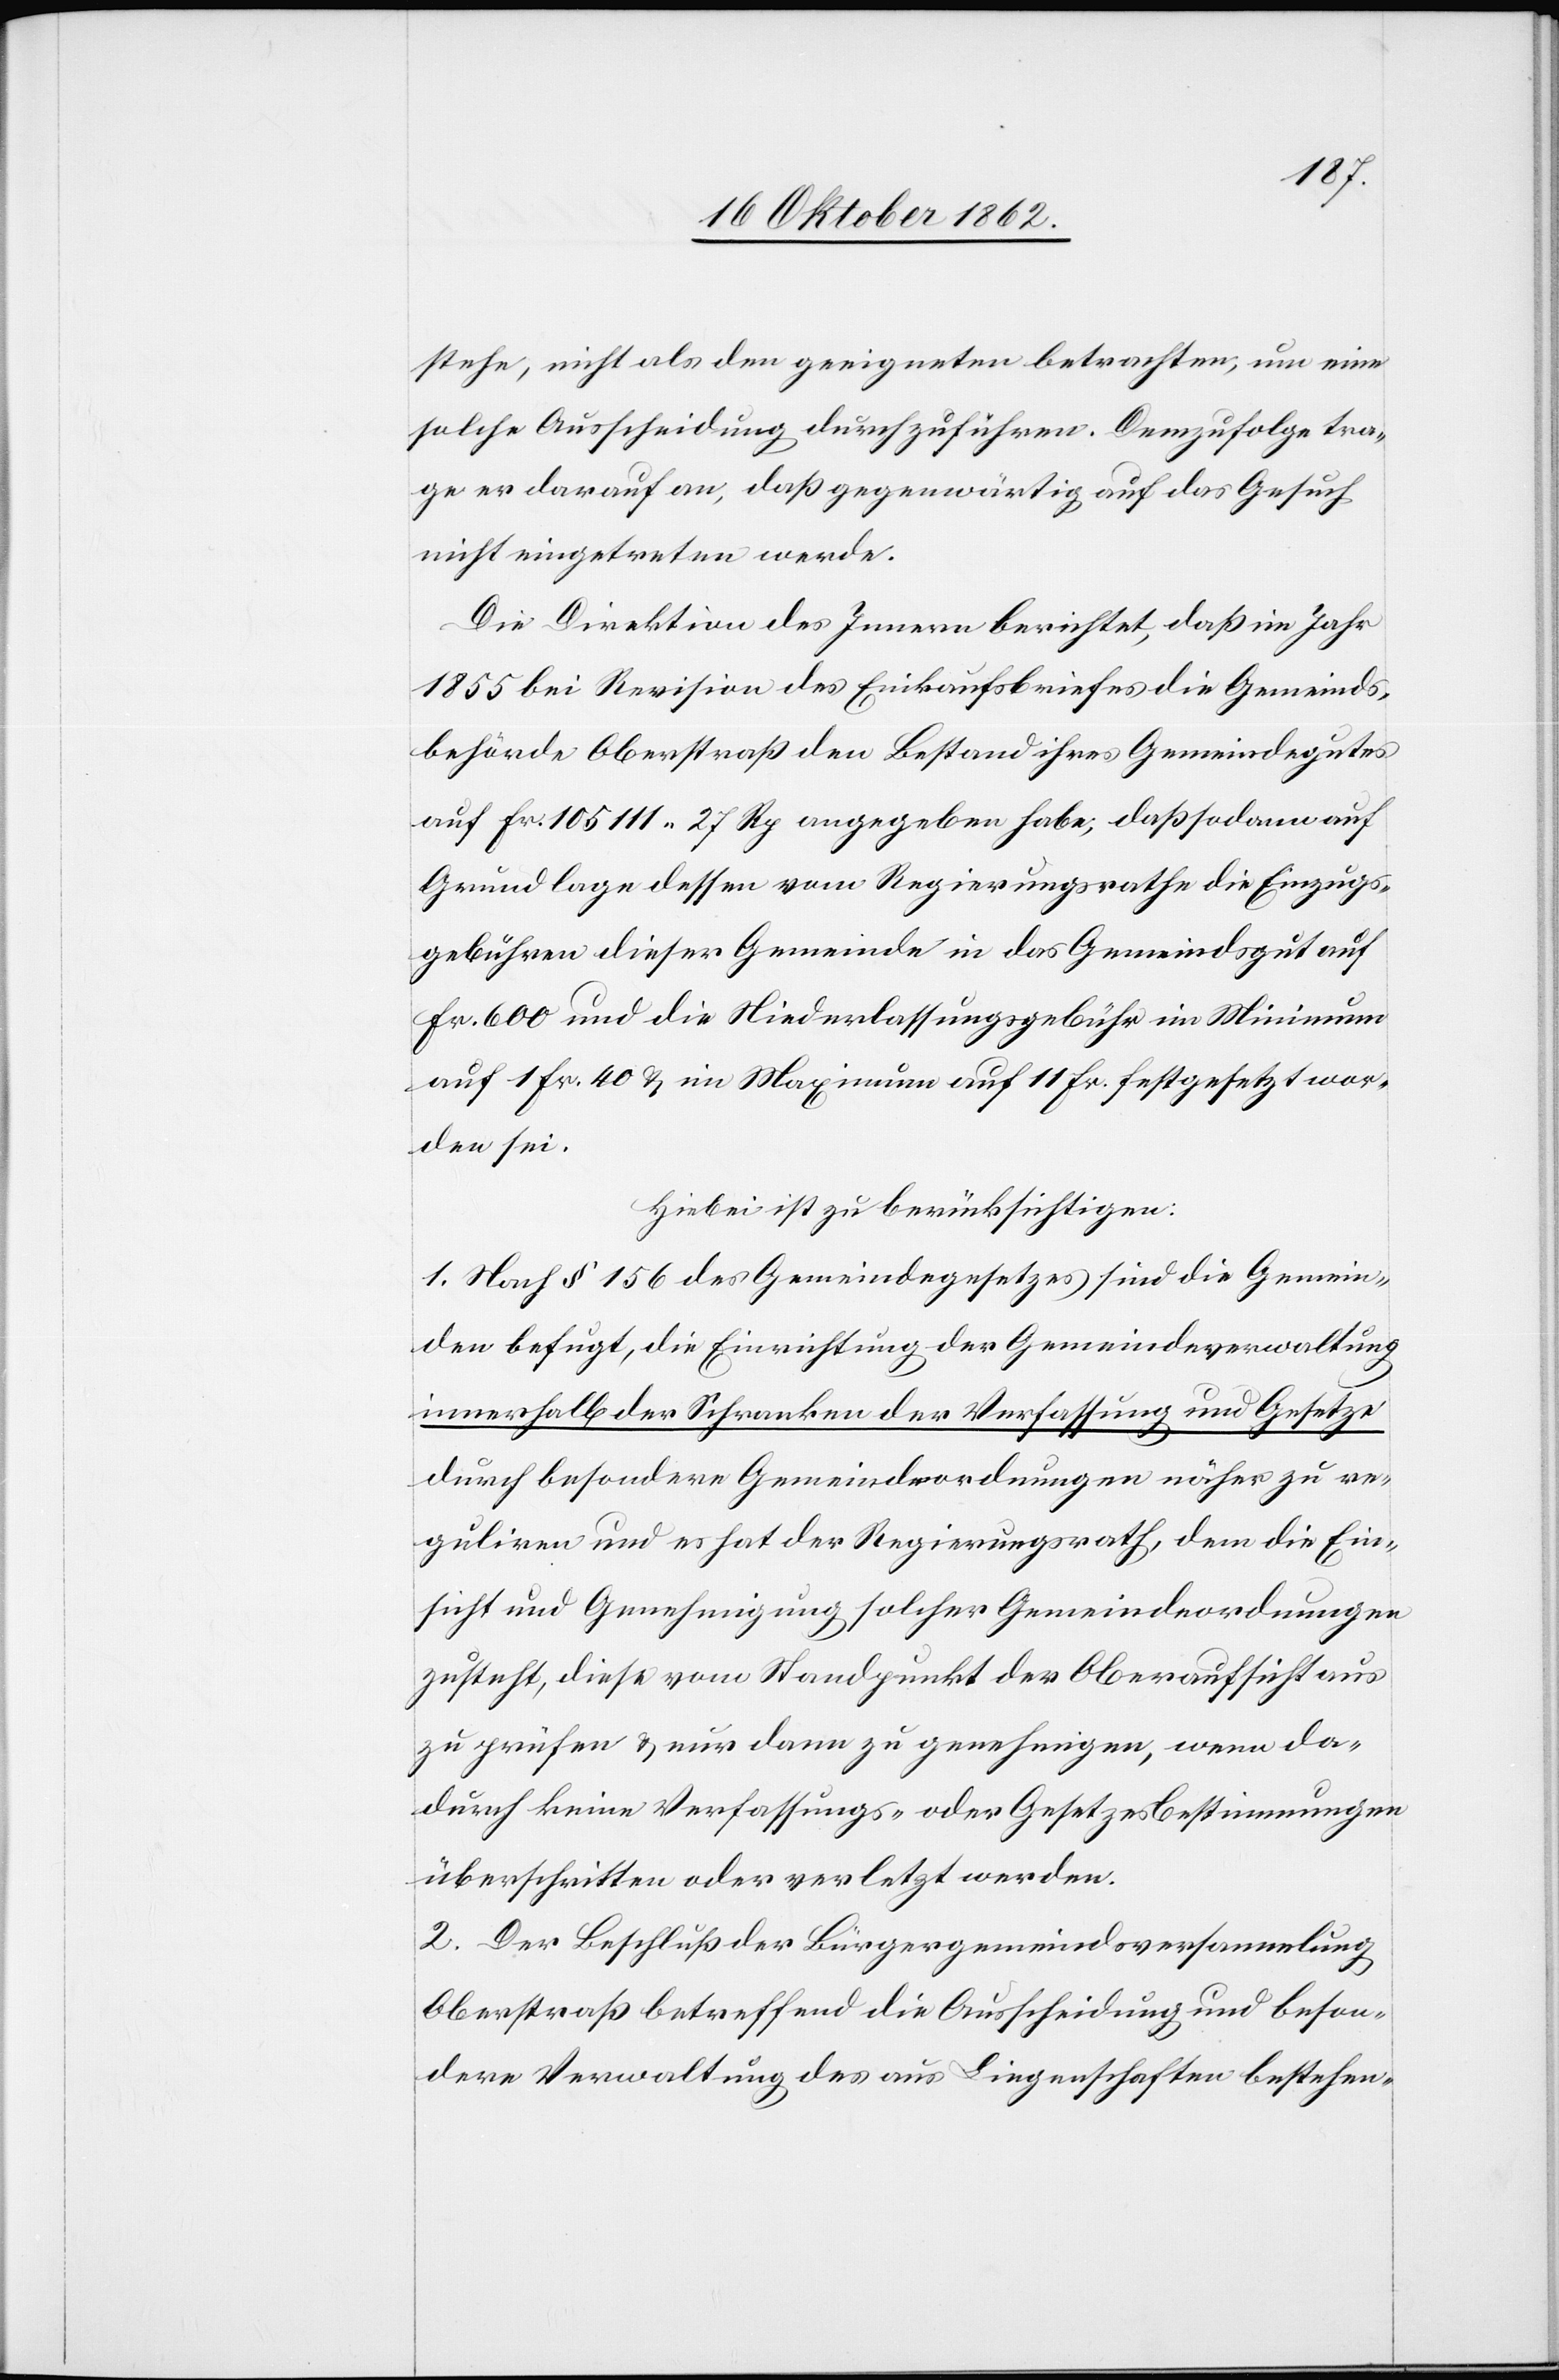
stehe, nicht als den geeigneten betrachten, um eine
solche Ausscheidung durchzuführen. Demzufolge tra¬
ge er darauf an, daß gegenwärtig auf das Gesuch
nicht eingetreten werde.
Die Direktion des Innern berichtet, daß im Jahr
1855 bei Revision des Einkaufsbriefes die Gemeinds¬
behörde Oberstraß den Bestand ihres Gemeindegutes
auf fr. 105 111 27 Rp. angegeben habe, daß sodann auf
Grundlage dessen vom Regierungsrathe die Einzugs¬
gebühren dieser Gemeinde in das Gemeindsgut auf
fr. 600 und die Niederlassungsgebühr im Minimum
auf 1 fr. 40 u. im Maximum auf 11 fr. festgesetzt wor¬
den sei.
Hiebei ist zu berücksichtigen:
1. Nach § 156 des Gemeindegesetzes sind die Gemein¬
den befugt, die Einrichtung der Gemeindeverwaltung
Innerhalb der Schranken der Verfassung und Gesetze
durch besondere Gemeindeordnungen näher zu re¬
guliren und es hat der Regierungsrath, dem die Ein¬
sicht und Genehmigung solcher Gemeindeordnungen
zusteht, diese vom Standpunkt der Oberaufsicht aus
zu prüfen u. nur dann zu genehmigen, wenn da¬
durch keine Verfassungs- oder Gesetzesbestimmungen
überschritten oder verletzt werden.
2. Der Beschluß der Bürgergemeindsversammlung
Oberstraß betreffend die Ausscheidung und beson¬
dere Verwaltung des aus Liegenschaften bestehen-